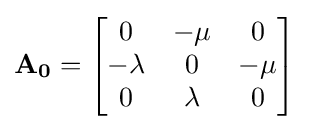
\mathbf {A_{0}} ={\begin{bmatrix}0&-\mu &0\\-\lambda &0&-\mu \\0&\lambda &0\end{bmatrix}}